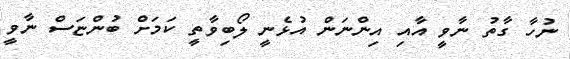
ނުހާ ގާތު ނާވީ އާއި އިންނަން އުޅެނީ ލޯބިވާތީ ކަމަށް ބުންޏަސް ނާވީ